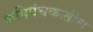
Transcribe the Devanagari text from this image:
कविपंचकातील